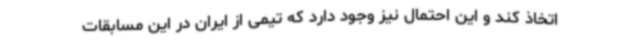
اتخاذ کند و این احتمال نیز وجود دارد که تیمی از ایران در این مسابقات